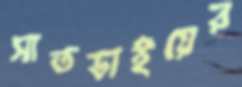
সাতভাইয়ের